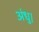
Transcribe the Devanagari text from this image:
अंधु।